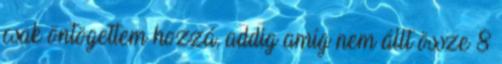
csak öntögettem hozzá, addig amíg nem állt össze 8